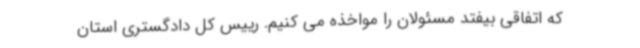
که اتفاقی بیفتد مسئولان را مواخذه می کنیم. رییس کل دادگستری استان